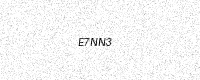
Text: E7NN3